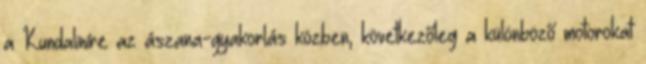
a Kundaliníre az ászana-gyakorlás közben, következőleg a különböző motorokat